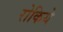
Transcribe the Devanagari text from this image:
रोकिये